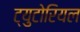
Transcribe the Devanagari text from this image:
ट्युटोरियल